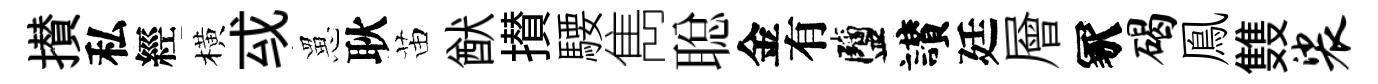
攅私經橫㦯罳耿苗猷攅騕雋聪金有鹽讃廷層冢碣鳯䨇裟